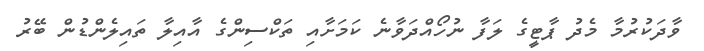
ވާދަކުރުމާ މެދު ޕާޓީގެ ލަފާ ނުހޯއްދަވާނެ ކަމަށާއި ތަކްސިންގެ އާއިލާ ތައިލެންޑުން ބޭރު